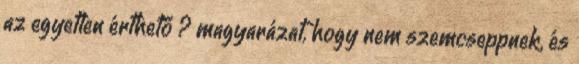
az egyetlen érthető ? magyarázat, hogy nem szemcseppnek, és